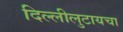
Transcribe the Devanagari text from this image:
दिल्लीलुटायचा